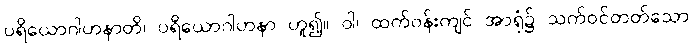
ပရိယောဂါဟနာတိ၊ ပရိယောဂါဟနာ ဟူ၍။ ဝါ၊ ထက်ဝန်းကျင် အာရုံ၌ သက်ဝင်တတ်သော